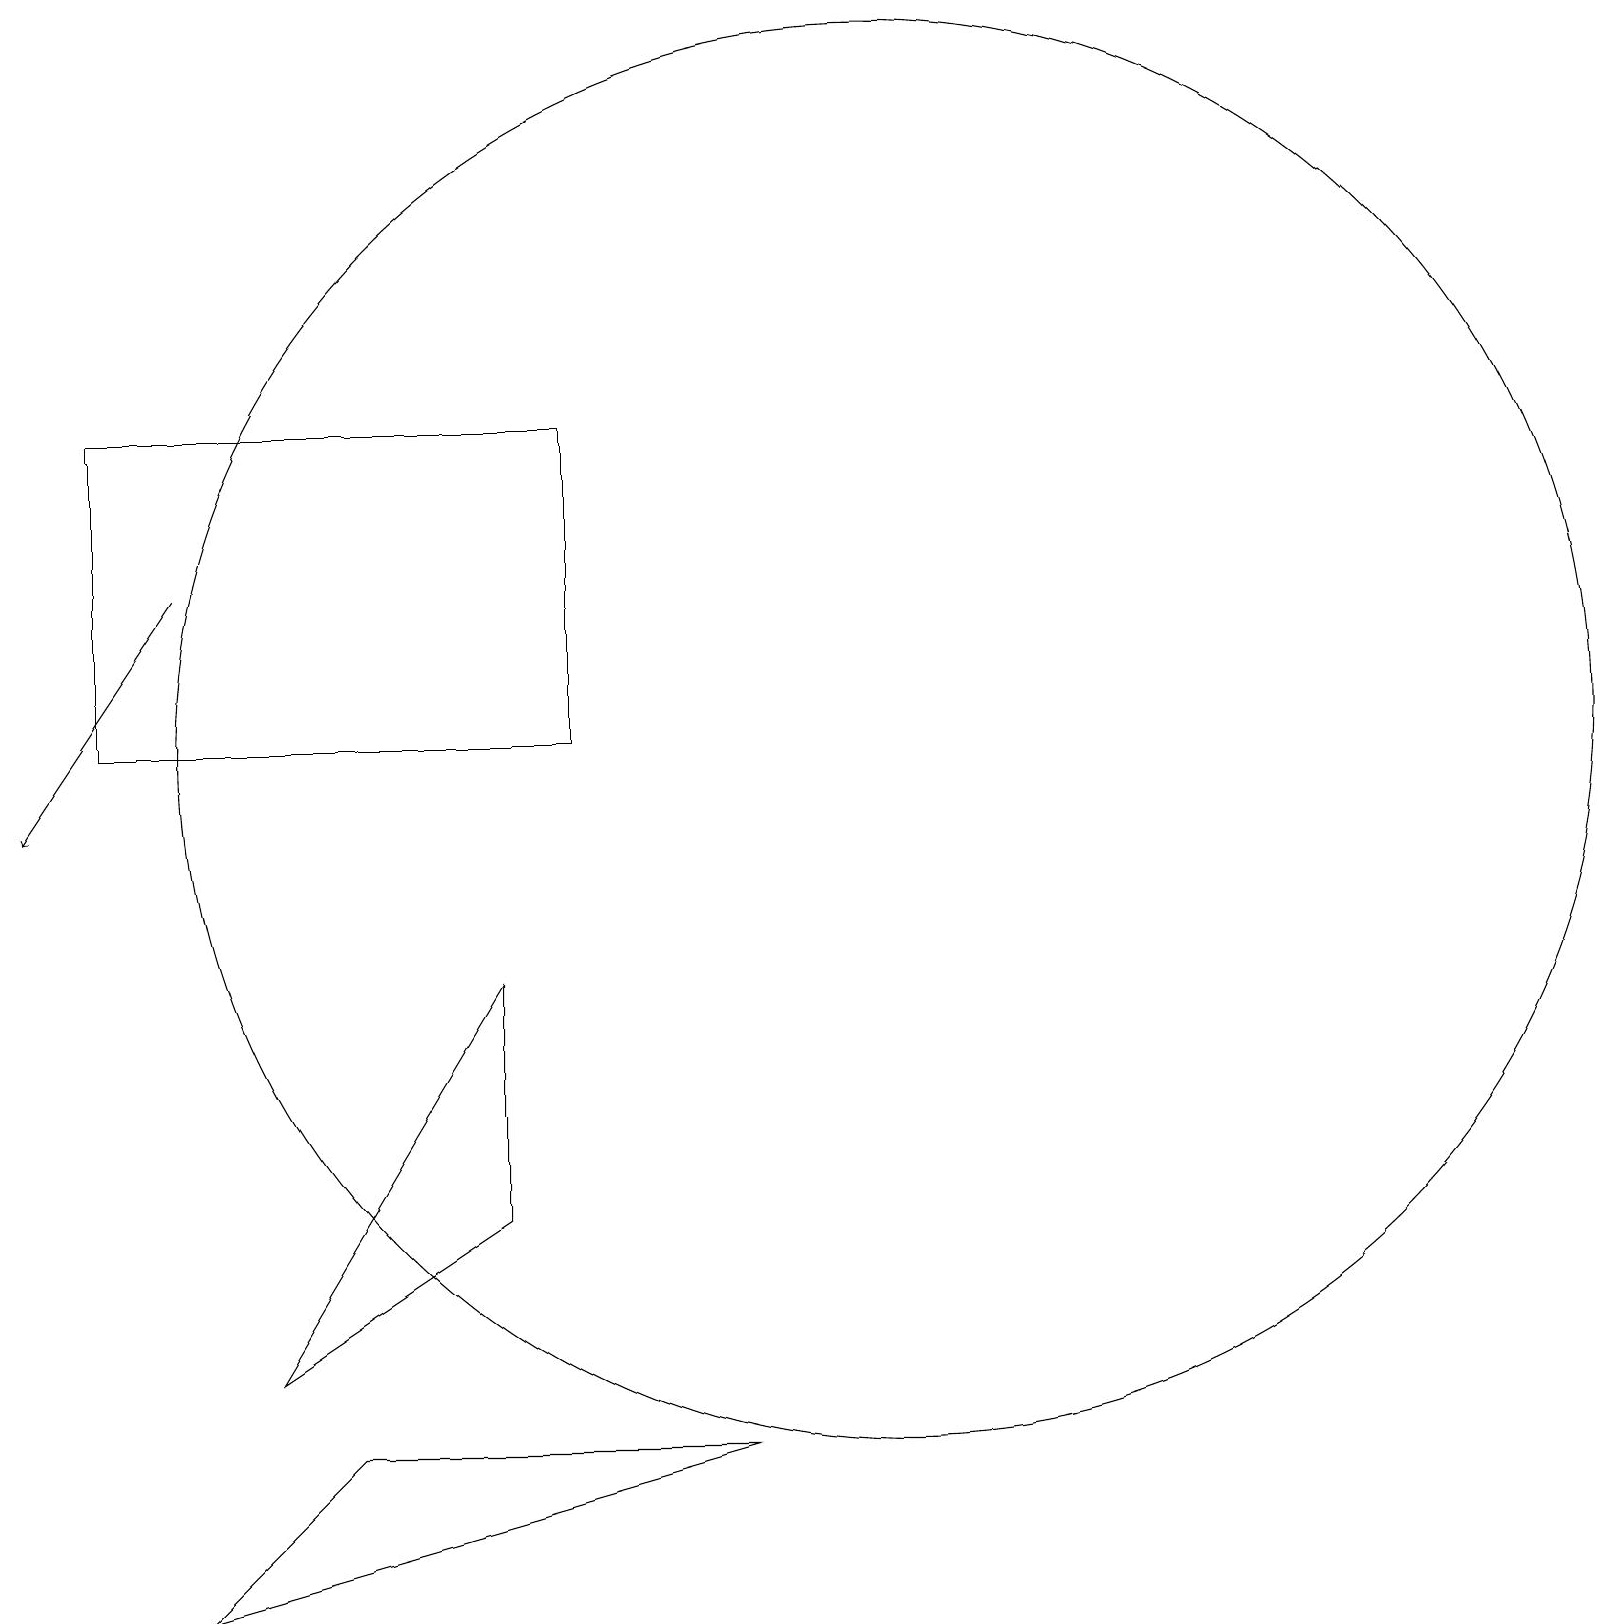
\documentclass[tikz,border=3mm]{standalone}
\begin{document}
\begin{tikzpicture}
\draw[->] (2,14) -- (0,11);
\draw (6,9) -- (3,4) -- (6,6) -- cycle;
\draw (1,16) rectangle (7,12);
\draw (11,12) circle (9);
\draw (4,3) -- (9,3) -- (2,1) -- cycle;
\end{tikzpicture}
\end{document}